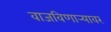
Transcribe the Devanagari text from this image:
वाजविणार्‍यावर